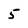
Character: 5